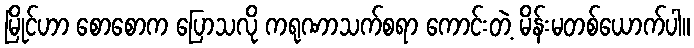
မြိုင်ဟာ စောစောက ပြောသလို ကရုဏာသက်စရာ ကောင်းတဲ့ မိန်းမတစ်ယောက်ပါ။